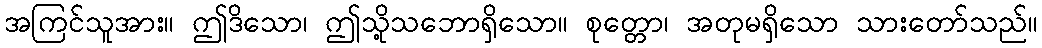
အကြင်သူအား။ ဤဒိသော၊ ဤသို့သဘောရှိသော။ စုတ္တော၊ အတုမရှိသော သားတော်သည်။